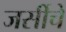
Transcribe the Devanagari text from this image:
जर्सीचे